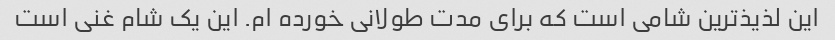
این لذیذترین شامی است که برای مدت طولانی خورده ام. این یک شام غنی است